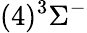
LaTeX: (4)^{3}\Sigma^{-}